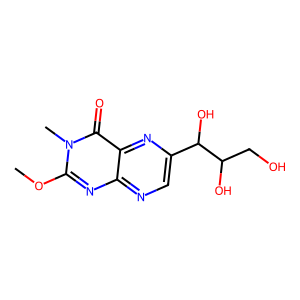
SMILES: COc1nc2ncc(C(O)C(O)CO)nc2c(=O)n1C
Inhibits HIV replication: No